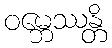
ဝမ္ဘေဿန္တိ